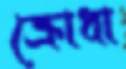
ক্রোধা